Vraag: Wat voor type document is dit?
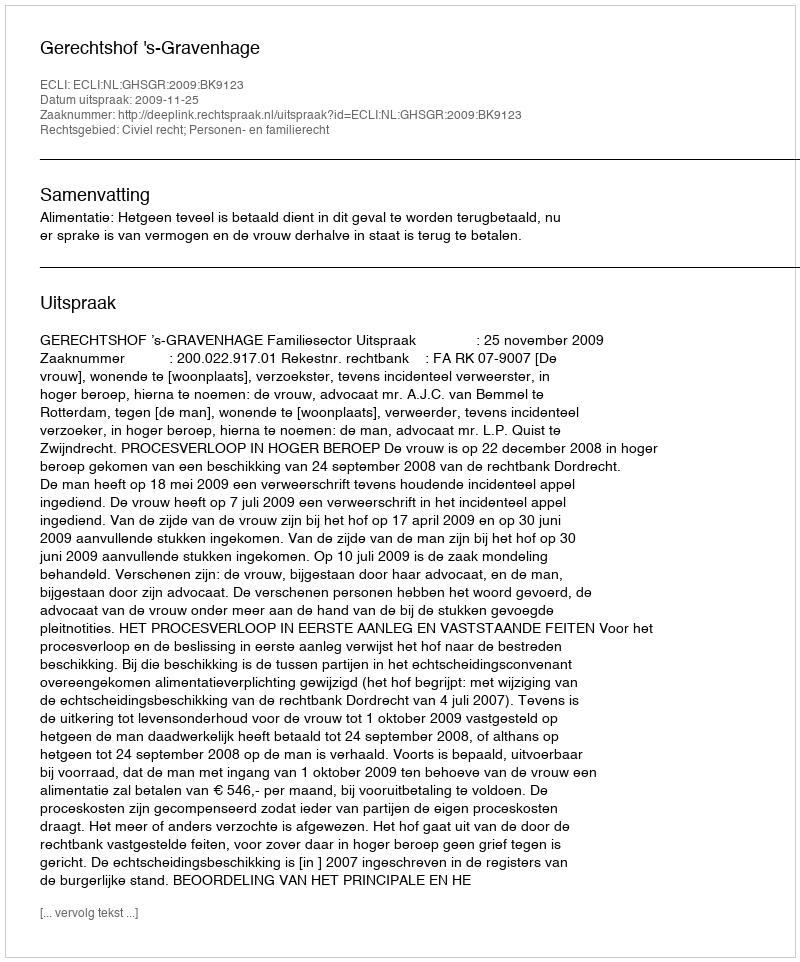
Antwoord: Uitspraak